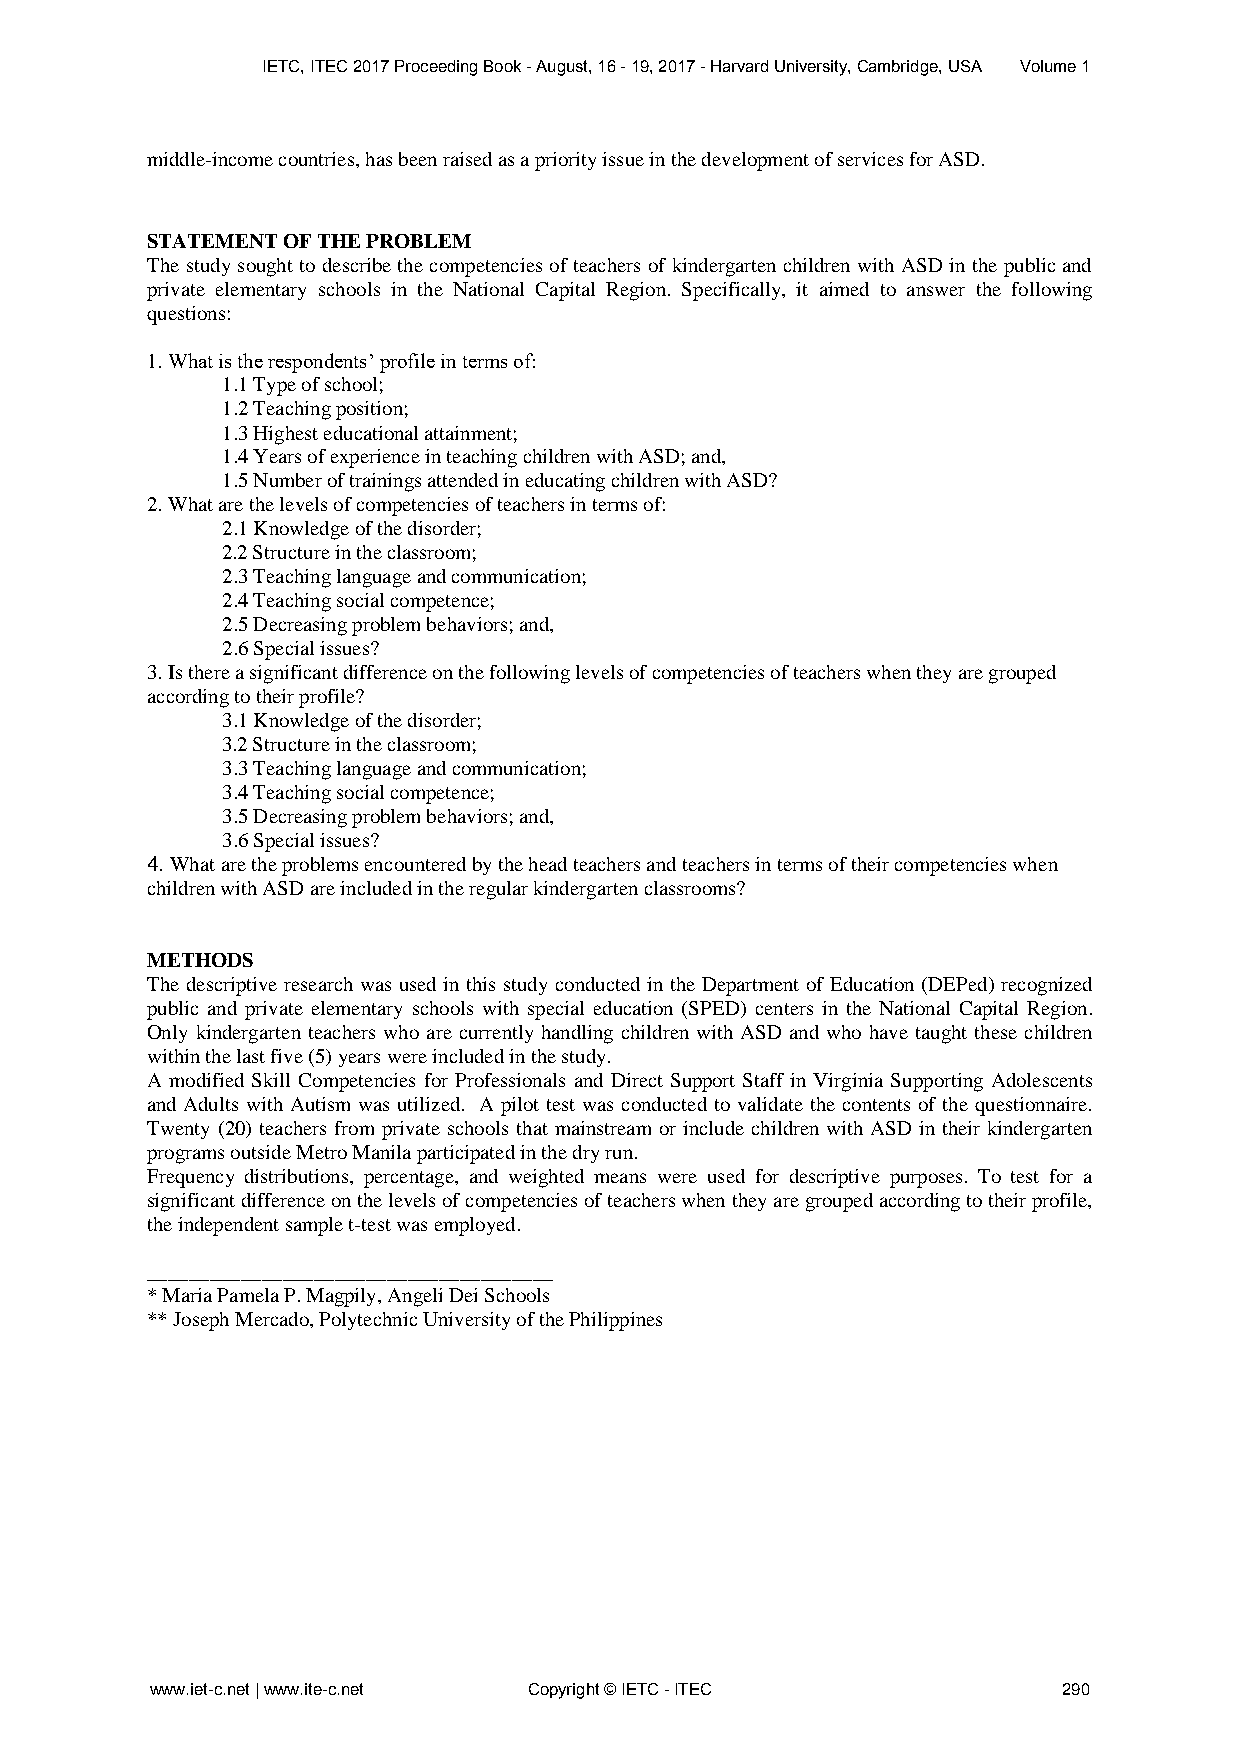
IETC, ITEC 2017 Proceeding Book - August, 16 - 19, 2017 - Harvard University, Cambridge, USA Volume 1
 middle-income countries, has been raised as a priority issue in the development of services for ASD.
 STATEMENT OF THE PROBLEM
 The study sought to describe the competencies of teachers of kindergarten children with ASD in the public and
 private elementary schools in the National Capital Region. Specifically, it aimed to answer the following
 questions:
 1. What is the respondents’ profile in terms of:
 1.1 Type of school;
 1.2 Teaching position;
 1.3 Highest educational attainment;
 1.4 Years of experience in teaching children with ASD; and,
 1.5 Number of trainings attended in educating children with ASD?
 2. What are the levels of competencies of teachers in terms of:
 2.1 Knowledge of the disorder;
 2.2 Structure in the classroom;
 2.3 Teaching language and communication;
 2.4 Teaching social competence;
 2.5 Decreasing problem behaviors; and,
 2.6 Special issues?
 3. Is there a significant difference on the following levels of competencies of teachers when they are grouped
 according to their profile?
 3.1 Knowledge of the disorder;
 3.2 Structure in the classroom;
 3.3 Teaching language and communication;
 3.4 Teaching social competence;
 3.5 Decreasing problem behaviors; and,
 3.6 Special issues?
 4. What are the problems encountered by the head teachers and teachers in terms of their competencies when
 children with ASD are included in the regular kindergarten classrooms?
 METHODS
 The descriptive research was used in this study conducted in the Department of Education (DEPed) recognized
 public and private elementary schools with special education (SPED) centers in the National Capital Region.
 Only kindergarten teachers who are currently handling children with ASD and who have taught these children
 within the last five (5) years were included in the study.
 A modified Skill Competencies for Professionals and Direct Support Staff in Virginia Supporting Adolescents
 and Adults with Autism was utilized. A pilot test was conducted to validate the contents of the questionnaire.
 Twenty (20) teachers from private schools that mainstream or include children with ASD in their kindergarten
 programs outside Metro Manila participated in the dry run.
 Frequency distributions, percentage, and weighted means were used for descriptive purposes. To test for a
 significant difference on the levels of competencies of teachers when they are grouped according to their profile,
 the independent sample t-test was employed.
 _______________________________________
 * Maria Pamela P. Magpily, Angeli Dei Schools
 ** Joseph Mercado, Polytechnic University of the Philippines
 www.iet-c.net | www.ite-c.net Copyright © IETC - ITEC       290